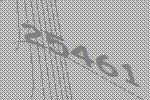
25461